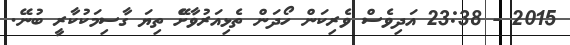
2015 - 23:38 އަދިވެސް ވެރިކަން ހޯދަން ތެޅިއަރުވާށެޭ ތިޔަ ގާސިމަކުކާރީ ބުނޭ.